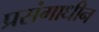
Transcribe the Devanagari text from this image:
प्रसंगाधीन